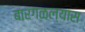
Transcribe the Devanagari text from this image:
बारगळल्यास